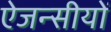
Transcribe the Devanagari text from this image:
ऐजन्सीयों